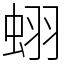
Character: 蛡